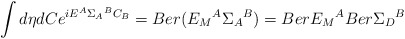
\begin{align*}\int d\eta dC e^{iE^A{\Sigma_A}^BC_B}=Ber ({E_M}^A{\Sigma_A}^B)=Ber {E_M}^A Ber {\Sigma_D}^B\end{align*}